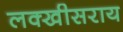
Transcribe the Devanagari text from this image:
लक्‍खीसराय